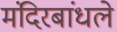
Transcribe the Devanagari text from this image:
मंदिरबांधले